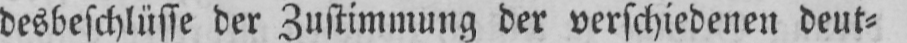
desbeschlüsse der Zustimmung der verschiedenen deut⸗